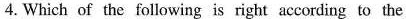
4.Which of the following is right according to the